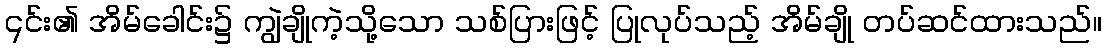
၎င်း၏ အိမ်ခေါင်း၌ ကျွဲချိုကဲ့သို့သော သစ်ပြားဖြင့် ပြုလုပ်သည့် အိမ်ချို တပ်ဆင်ထားသည်။